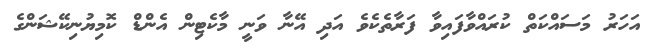
އަހަރު މަސައްކަތް ކުރައްވާފައިވާ ފަރާތެކެވެ އަދި އޭނާ ވަނީ މާކެޓިން އެންޑް ކޮމިޔުނިކޭޝަންގެ